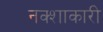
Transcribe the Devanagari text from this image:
नक्शाकारी